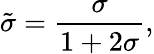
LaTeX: \tilde{\sigma}={\frac{\sigma}{1+2\sigma}},